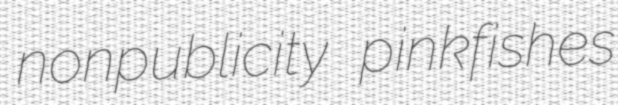
nonpublicity pinkfishes